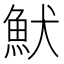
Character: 𩵥